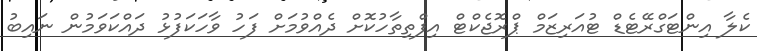
ކެލާ އިންޓަގްރޭޓެޑް ޓުއަރިޒަމް ޕްރޮޖެކްޓް އިފްތިތާހުކޮށް ދެއްވުމަށް ފަހު ވާހަކަފުޅު ދައްކަވަމުން ނައިބު